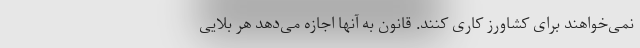
نمی‌خواهند برای کشاورز کاری کنند. قانون به آنها اجازه می‌دهد هر بلایی